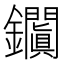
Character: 𨰎